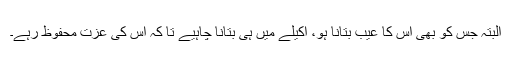
البتہ جس کو بھی اس کا عیب بتانا ہو، اکیلے میں ہی بتانا چاہیے تا کہ اس کی عزت محفوظ رہے۔